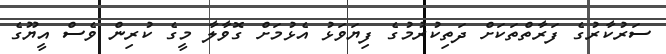
ސަރުކާރުގެ ފަރާތްތަކަށް ދަތިކުރުމުގެ ފިޔަވަޅު އެޅުމަށް ގޮވާލާ މީގެ ކުރިން ވެސް އީޔޫގެ